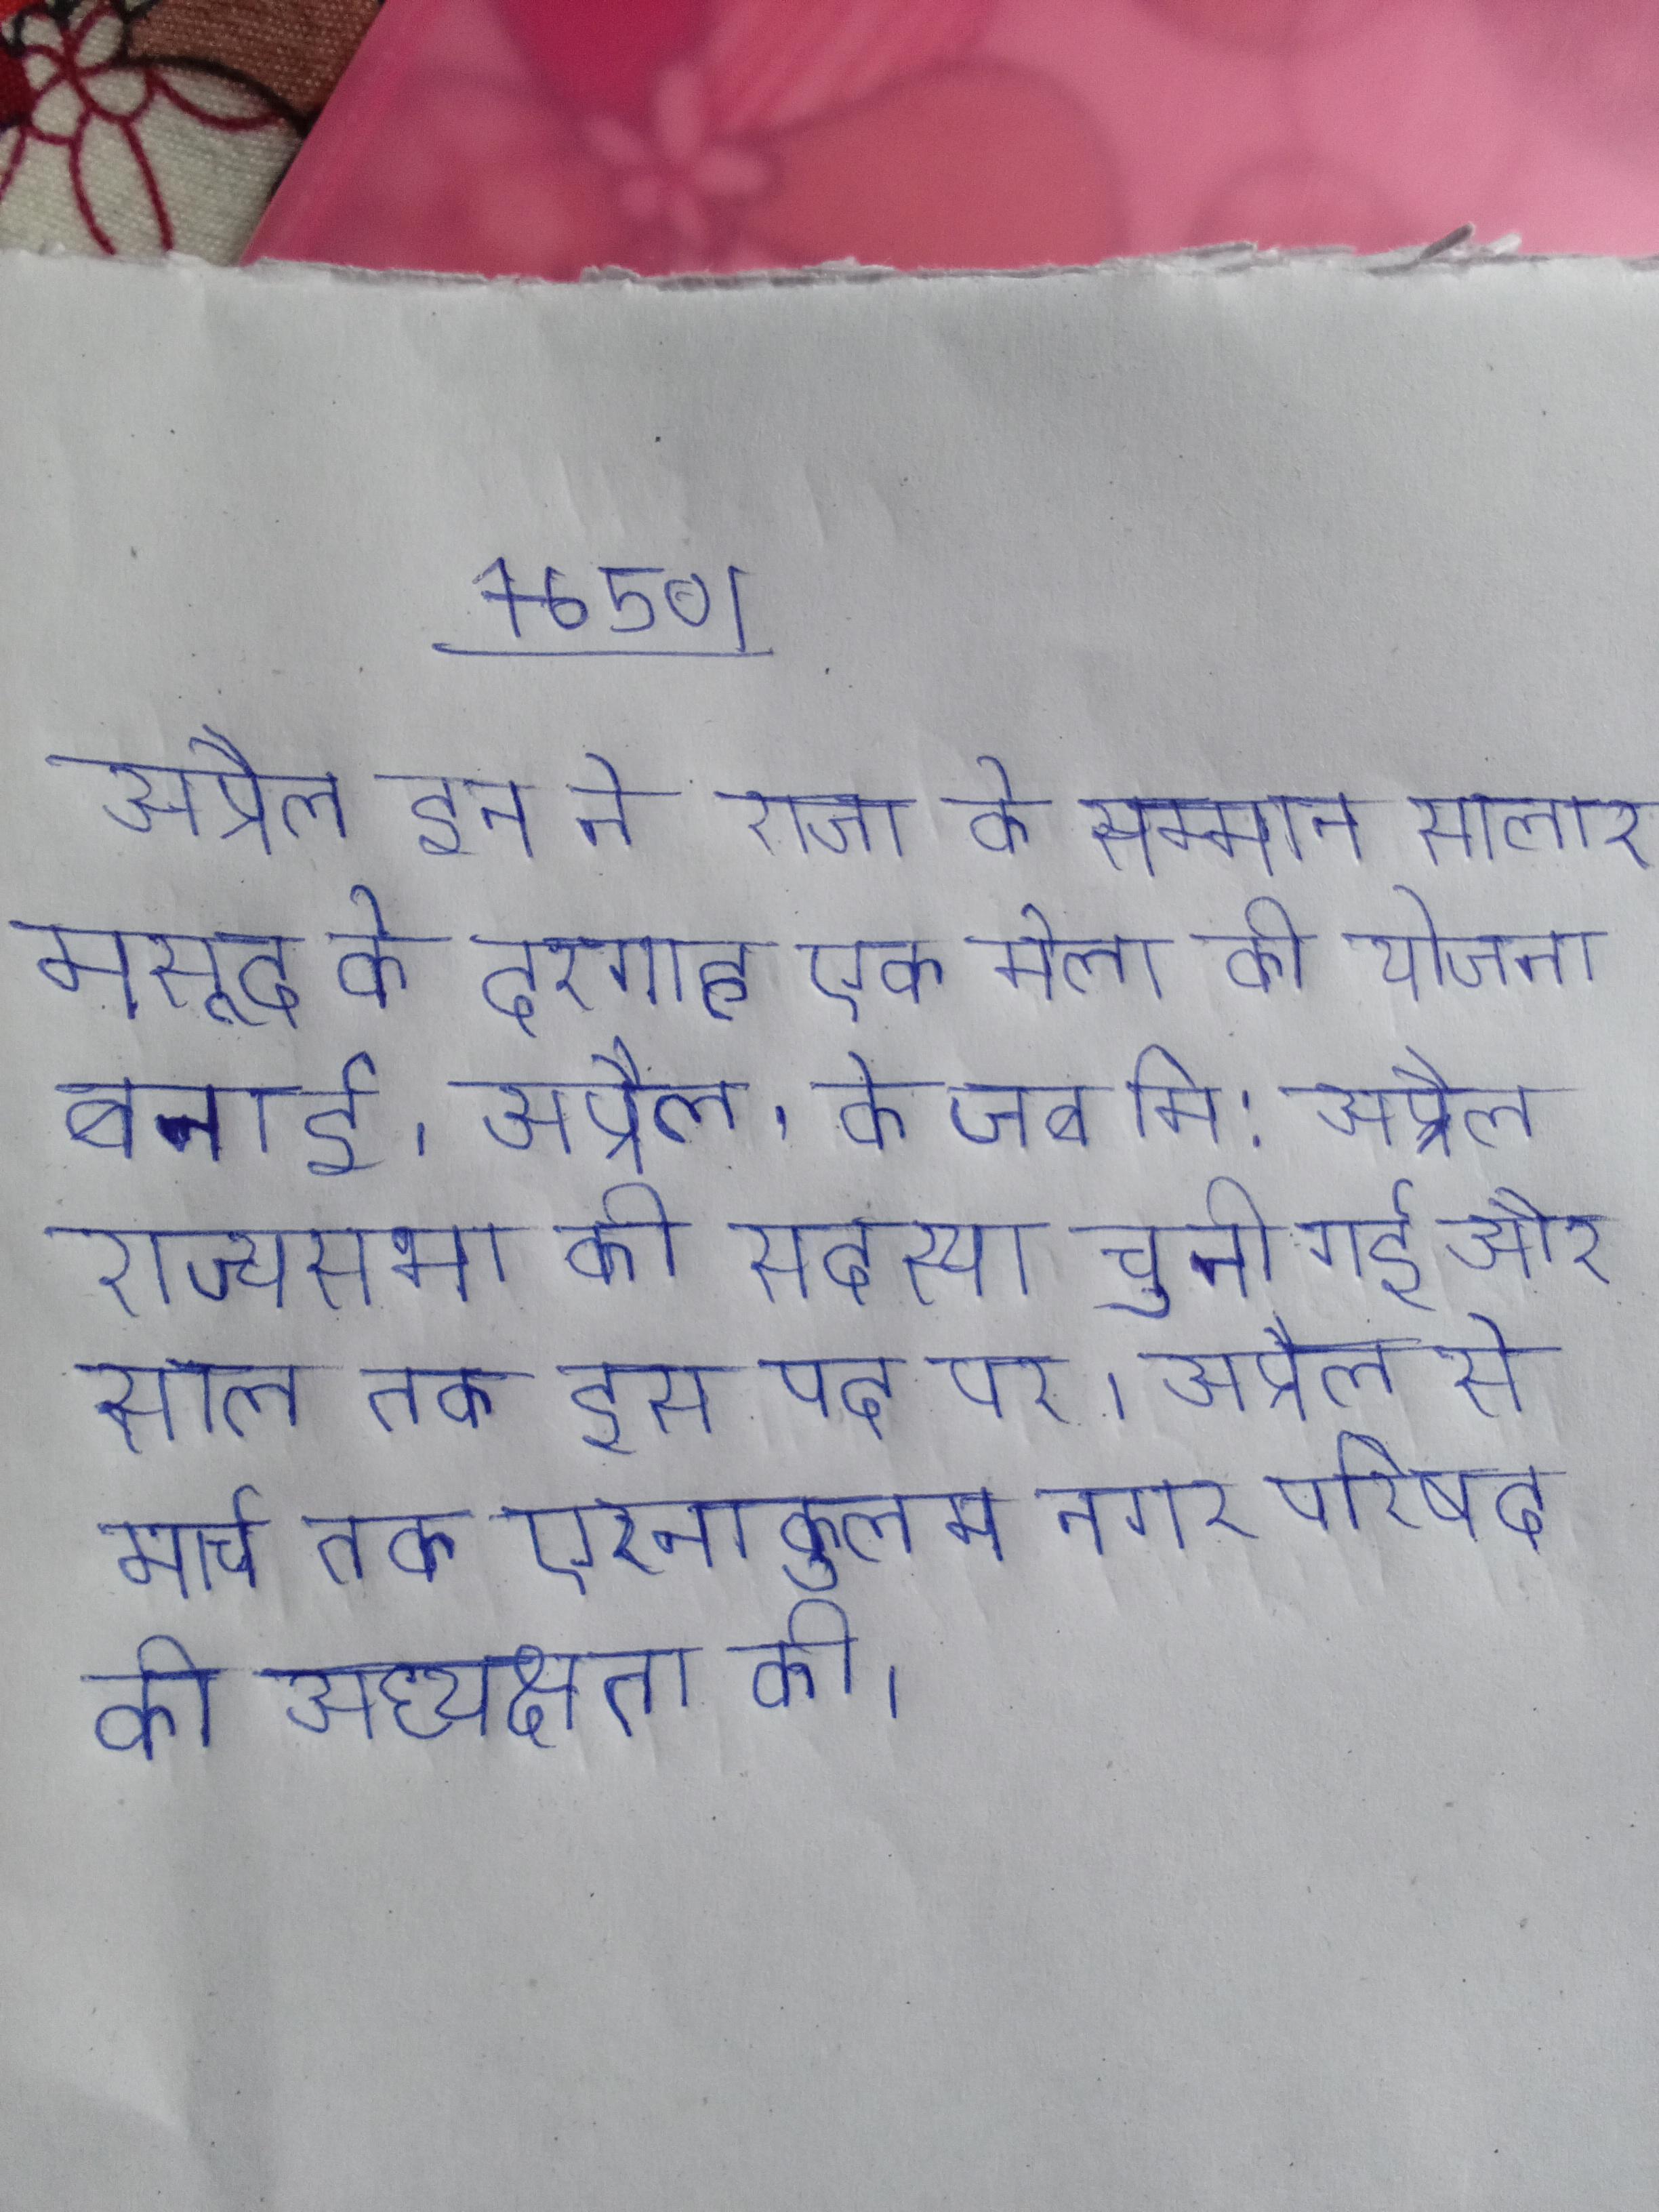
अप्रैल इन ने राजा के सम्मान सालार मसूद के दरगाह एक मेला की योजना बनाई । अप्रैल, के जब मि . अप्रैल राज्यसभा की सदस्या चुनी गई और साल तक इस पद पर । अप्रैल से मार्च तक एरनाकुलम नगर परिषद की अध्यक्षता की ।